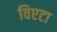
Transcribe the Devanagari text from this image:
विएटा